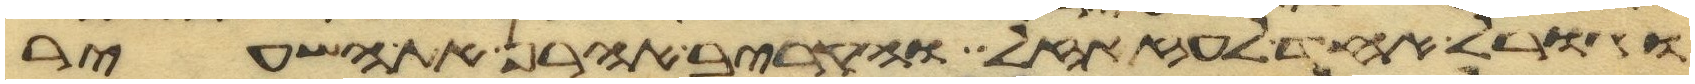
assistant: וגורל אחד לעזזאל והקריב אהרן את השעיר